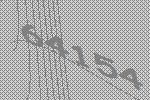
64154